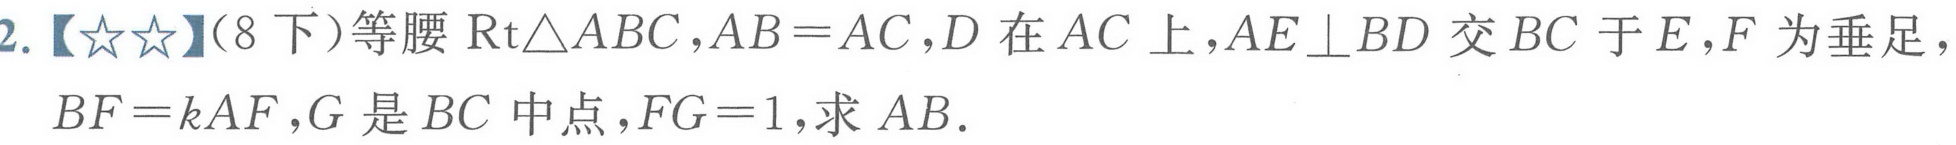
2.【\(☆☆\)】（8下）等腰\(\text{Rt}\triangle ABC\),\(AB = AC\),\(D\)在\(AC\)上,\(AE\perp BD\)交\(BC\)于\(E\),\(F\)为垂足，\(BF = kAF\),\(G\)是\(BC\)中点,\(FG = 1\),求\(AB\).